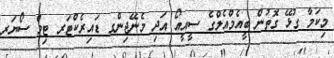
މިކަމާ ގުޅޭ ގޮތުން ބީއެމްއެލްގެ ސީއީއޯ އަދި މެނޭޖިންގ ޑައިރެކްޓަރ ޓިމް ސޯޔަރ